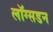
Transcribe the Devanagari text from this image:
लॉग्सडन